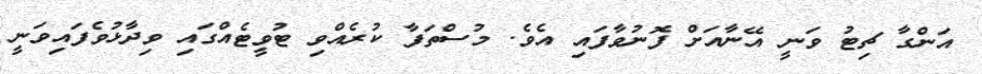
އަންގާ ޗިޓު ވަނީ އޭނާއަށް ފޮނުވާފައި އެވެ. މުސްތަފާ ކުރެއްވި ޓުވީޓެއްގައި ވިދާޅުވެފައިވަނީ